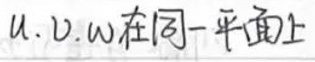
u,v,w在同一平面上